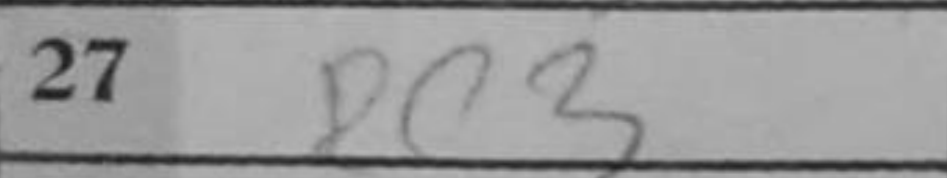
Transcription: Rc3